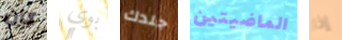
كان بوي جلدك الماضيتين إذا